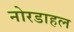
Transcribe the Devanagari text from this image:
नोरडाहल